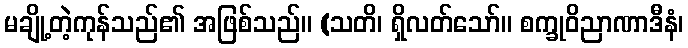
မချို့တဲ့ကုန်သည်၏ အဖြစ်သည်။ (သတိ၊ ရှိလတ်သော်။ စက္ခုဝိညာဏာဒီနံ၊